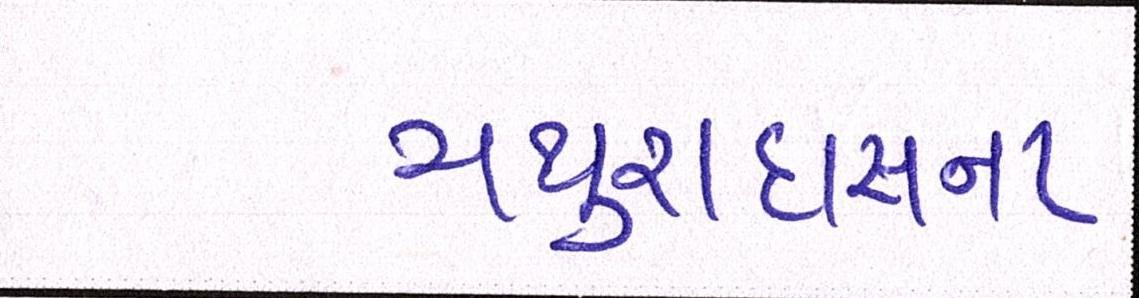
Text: મથુરાદાસના